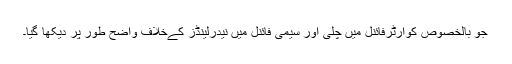
جو بالخصوص کوارٹرفائنل میں چلی اور سیمی فائنل میں نیدرلینڈز کےخلاف واضح طور پر دیکھا گیا۔